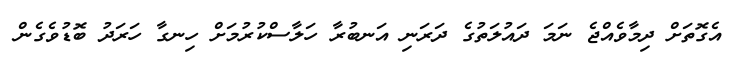
އެގޮތަށް ދިމާވެއްޖެ ނަމަ ދައުލަތުގެ ދަރަނި އަނބުރާ ހަލާސްކުރުމަށް ހިނގާ ހަރަދު ބޮޑުވެގެން